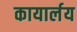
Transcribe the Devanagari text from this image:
कायार्लय